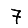
Digit: 7